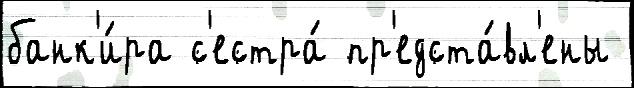
банк'и́ра с'естра́ пр'едста́вл'ены